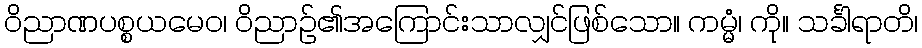
ဝိညာဏပစ္စယမေဝ၊ ဝိညာဉ်၏အကြောင်းသာလျှင်ဖြစ်သော။ ကမ္မံ၊ ကို။ သင်္ခါရာတိ၊